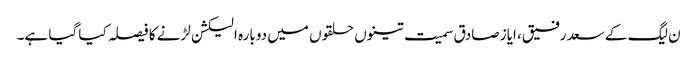
ن لیگ کے سعد رفیق، ایاز صادق سمیت تینوں حلقوں میں دوبارہ الیکشن لڑنے کا فیصلہ کیا گیا ہے۔